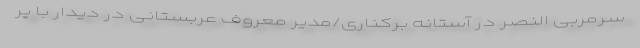
سرمربی النصر در آستانه برکناری/مدیر معروف عربستانی در دیدار با پر